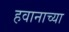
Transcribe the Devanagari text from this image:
हवानाच्या